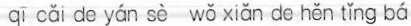
qī cǎi de yán sè wǒ xiǎn de hěn tǐng bá